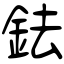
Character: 鉣